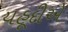
યહૂદીએ